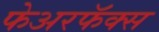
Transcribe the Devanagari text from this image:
फेअरफॅक्स